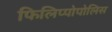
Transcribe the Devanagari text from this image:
फिलिप्पोपोलिस